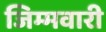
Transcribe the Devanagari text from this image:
जिम्मवारी